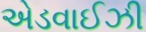
એડવાઈઝી